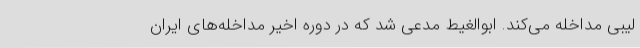
لیبی مداخله می‌کند. ابوالغیط مدعی شد که در دوره اخیر مداخله‌های ایران